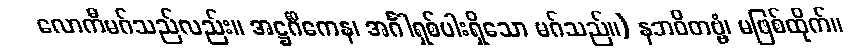
လောကီမဂ်သည်လည်း။ အဋ္ဌင်္ဂိကေန၊ အင်္ဂါရှစ်ပါးရှိသော မဂ်သည်။) နဘဝိတဗ္ဗံ၊ မဖြစ်ထိုက်။